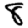
Digit: 8